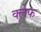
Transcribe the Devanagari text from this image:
क्लेफ